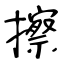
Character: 擦